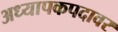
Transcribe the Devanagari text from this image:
अध्यापकपदावर